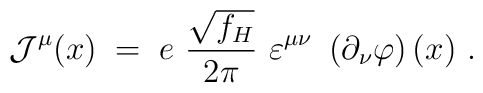
{\mathcal J}^\mu (x) \;=\;e~\frac{\sqrt{f_H}}{2\pi}~\varepsilon^{\mu\nu}~\left( \partial_\nu  \varphi\right) (x)~.